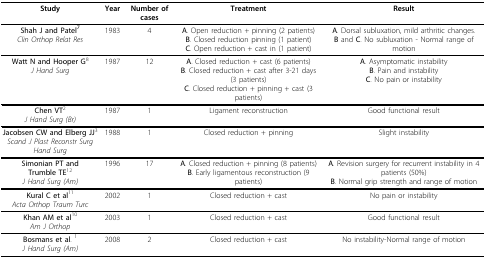
<table><thead><tr><td><b>Study</b></td><td><b>Year</b></td><td><b>Number of cases</b></td><td><b>Treatment</b></td><td><b>Result</b></td></tr></thead><tbody><tr><td><b>Shah J and Patel<sup>7</sup></b><i>Clin Orthop Relat Res</i></td><td>1983</td><td>4</td><td><b>A</b>. Open reduction + pinning (2 patients)<b>B</b>. Closed reduction pinning (1 patient)<b>C</b>. Open reduction + cast in (1 patient)</td><td><b>A</b>. Dorsal subluxation, mild arthritic changes.<b>B </b>and <b>C</b>. No subluxation - Normal range of motion</td></tr><tr><td><b>Watt N and Hooper G</b><sup>8</sup><i>J Hand Surg</i></td><td>1987</td><td>12</td><td><b>A</b>. Closed reduction + cast (6 patients)<b>B</b>. Closed reduction + cast after 3-21 days (3 patients)<b>C</b>. Closed reduction + pinning + cast (3 patients)</td><td><b>A</b>. Asymptomatic instability<b>B</b>. Pain and instability<b>C</b>. No pain or instability</td></tr><tr><td><b>Chen VT</b><sup>2</sup><i>J Hand Surg (Br)</i></td><td>1987</td><td>1</td><td>Ligament reconstruction</td><td>Good functional result</td></tr><tr><td><b>Jacobsen CW and Elberg JJ</b><sup>3</sup><i>Scand J Plast Reconstr Surg Hand Surg</i></td><td>1988</td><td>1</td><td>Closed reduction + pinning</td><td>Slight instability</td></tr><tr><td><b>Simonian PT and Trumble TE</b><sup>12</sup><i>J Hand Surg (Am)</i></td><td>1996</td><td>17</td><td><b>A</b>. Closed reduction + pinning (8 patients)<b>B</b>. Early ligamentous reconstruction (9 patients)</td><td><b>A</b>. Revision surgery for recurrent instability in 4 patients (50%)<b>B</b>. Normal grip strength and range of motion</td></tr><tr><td><b>Kural C et al</b><sup>11</sup><i>Acta Orthop Traum Turc</i></td><td>2002</td><td>1</td><td>Closed reduction + cast</td><td>No pain or instability</td></tr><tr><td><b>Khan AM et al</b><sup>10</sup><i>Am J Orthop</i></td><td>2003</td><td>1</td><td>Closed reduction + cast</td><td>Good functional result</td></tr><tr><td><b>Bosmans et al</b>. <sup>1</sup><i>J Hand Surg (Am)</i></td><td>2008</td><td>2</td><td>Closed reduction + cast</td><td>No instability-Normal range of motion</td></tr></tbody></table>